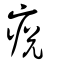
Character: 痥